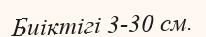
Биіктігі 3-30 см.